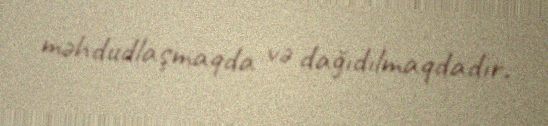
məhdudlaşmaqda və dağıdılmaqdadır.